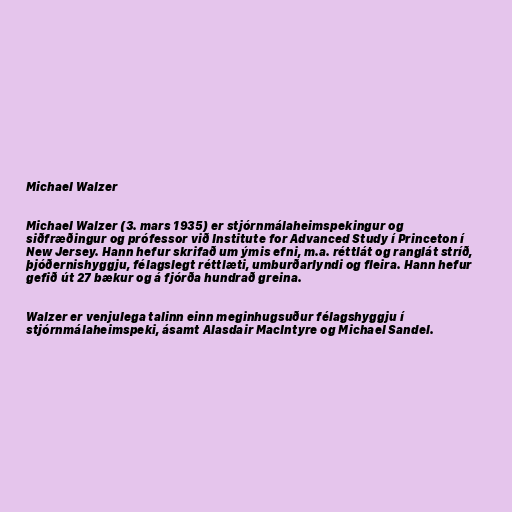
Michael Walzer

Michael Walzer (3. mars 1935) er stjórnmálaheimspekingur og
siðfræðingur og prófessor við Institute for Advanced Study í Princeton í
New Jersey. Hann hefur skrifað um ýmis efni, m.a. réttlát og ranglát stríð,
þjóðernishyggju, félagslegt réttlæti, umburðarlyndi og fleira. Hann hefur
gefið út 27 bækur og á fjórða hundrað greina.

Walzer er venjulega talinn einn meginhugsuður félagshyggju í
stjórnmálaheimspeki, ásamt Alasdair MacIntyre og Michael Sandel.